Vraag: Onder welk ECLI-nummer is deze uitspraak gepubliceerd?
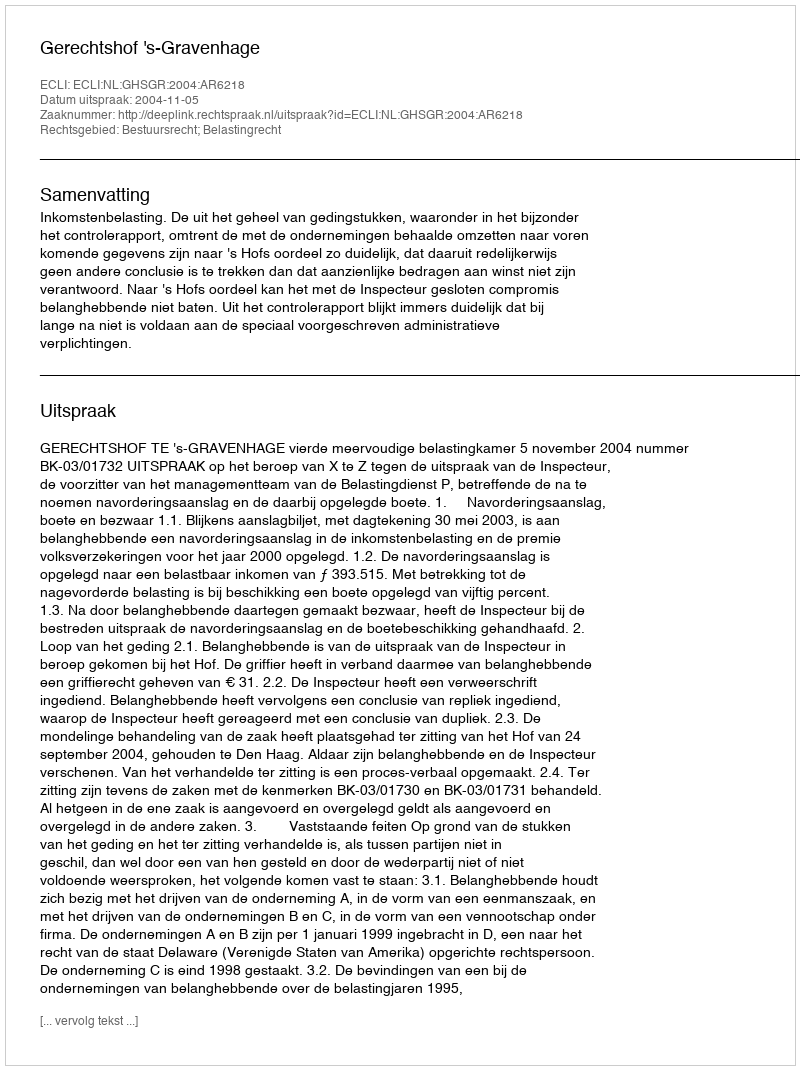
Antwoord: ECLI:NL:GHSGR:2004:AR6218